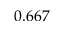
0 . 6 6 7